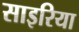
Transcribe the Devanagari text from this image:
साइरिया